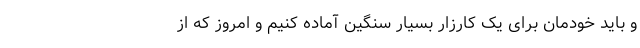
و باید خودمان برای یک کارزار بسیار سنگین آماده کنیم و امروز که از